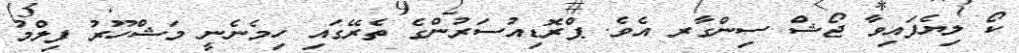
ކޯ ލިޔެފައިވާ ޖޯޝް ސިންގާރ އެވެ. ޕްރޮޑިއުސަރުންގެ ތެރޭގައި ހިމެނެނީ މަޝްހޫރު ފިލްމު